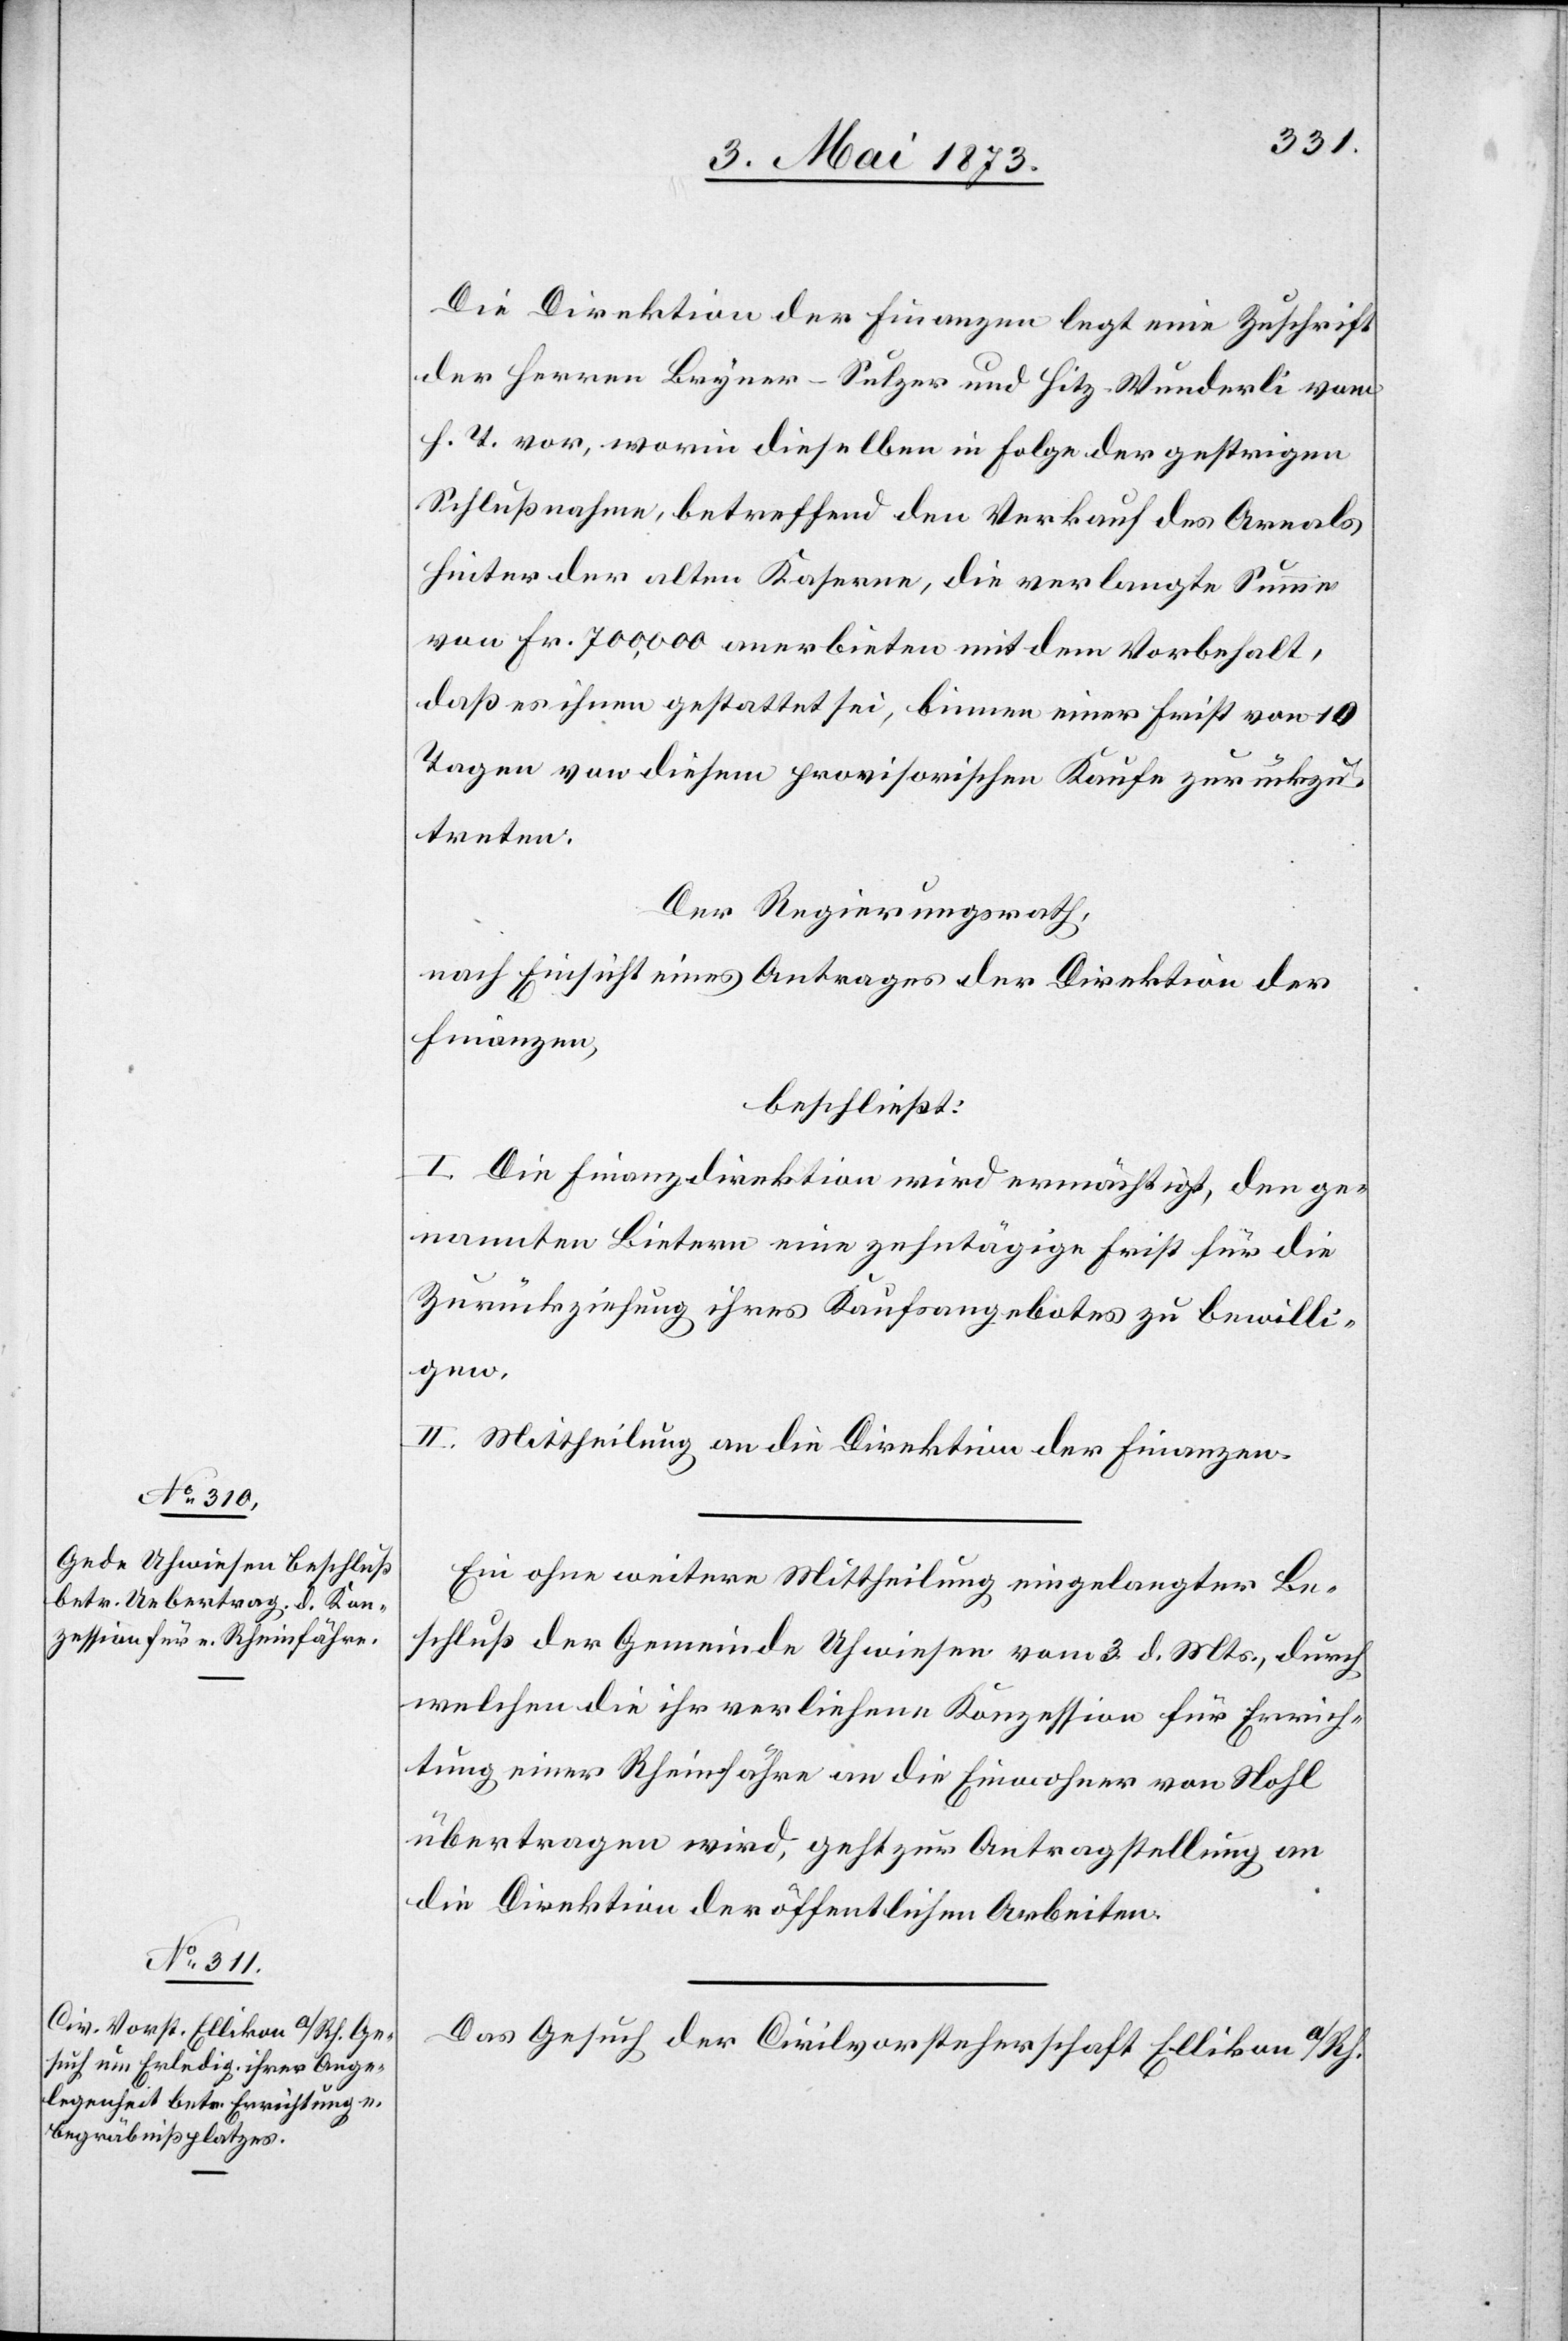
6. Mai 1873.]
Die Direktion der Finanzen legt eine Zuschrift
der Herren Bryner-Sulzer und Hitz-Wunderli vom
h. T. vor, worin dieselben in Folge der gestrigen
Schlußnahme, betreffend den Verkauf des Areals
hinter der alten Kaserne, die verlangte Summe
von Fr. 700,000 anerbieten mit dem Vorbehalt,
daß es ihnen gestattet sei, binnen einer Frist von 10
Tagen von diesem provisorischen Kaufe zurückzu¬
treten.
Der Regierungsrath,
nach Einsicht eines Antrages der Direktion der
Finanzen,
beschließt:
I. Die Finanzdirektion wird ermächtigt, den ge¬
nannten Bietern eine zehntägige Frist für die
Zurückziehung ihres Kaufsangebotes zu bewilli¬
gen.
II. Mittheilung an die Direktion der Finanzen.
Ein ohne weitere Mittheilung eingelangter Be¬
schluß der Gemeinde Uhwiesen vom 3. d. Mts., durch
welchen die ihr verliehene Konzession für Errich¬
tung einer Rheinfähre an die Einwohner von Nohl
übertragen wird, geht zur Antragstellung an
die Direktion der öffentlichen Arbeiten.
Das Gesuch der Civilvorsteherschaft Ellikon a/Rh.